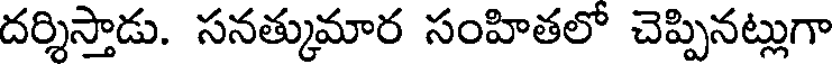
దర్శిస్తాడు. సనత్కుమార సంహితలో చెప్పినట్లుగా